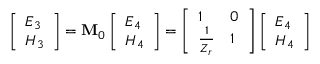
\left[ \begin{array} { l } { E _ { 3 } } \\ { H _ { 3 } } \end{array} \right] = \mathbf { M } _ { 0 } \left[ \begin{array} { l } { E _ { 4 } } \\ { H _ { 4 } } \end{array} \right] = \left[ \begin{array} { l l } { 1 } & { 0 } \\ { \frac { 1 } { Z _ { r } } } & { 1 } \end{array} \right] \left[ \begin{array} { l } { E _ { 4 } } \\ { H _ { 4 } } \end{array} \right]